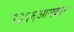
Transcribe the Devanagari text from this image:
१३६६आमदार